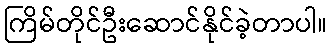
ကြိမ်တိုင်ဦးဆောင်နိုင်ခဲ့တာပါ။